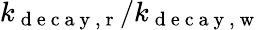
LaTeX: k_{\mathrm{~d~e~c~a~y~,~r~}}/k_{\mathrm{~d~e~c~a~y~,~w~}}